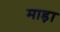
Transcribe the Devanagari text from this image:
माड़ा